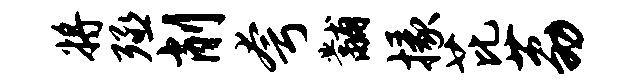
将殛削夸黼掾芘荔